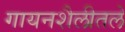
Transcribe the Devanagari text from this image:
गायनशैलीतले